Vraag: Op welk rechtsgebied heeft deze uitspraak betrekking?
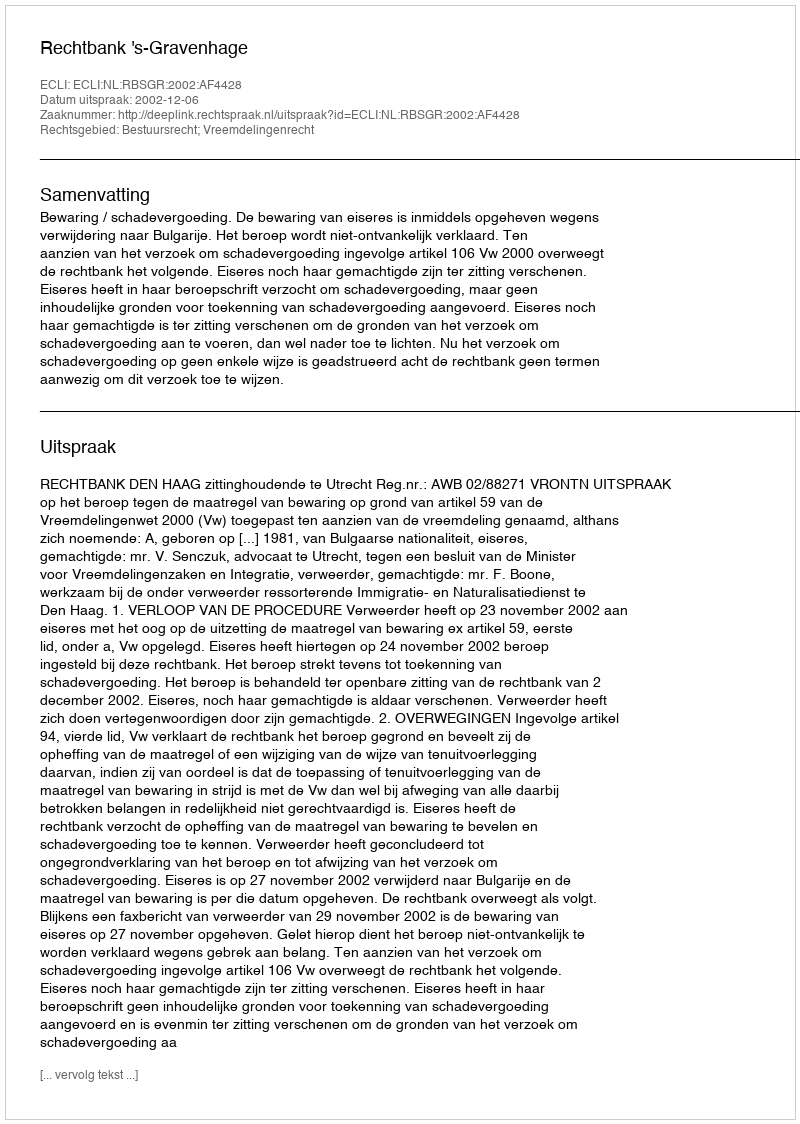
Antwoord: Bestuursrecht; Vreemdelingenrecht